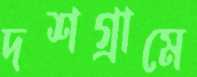
দশগ্রামে